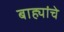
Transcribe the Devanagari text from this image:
बाह्यांचे